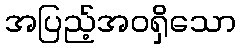
အပြည့်အဝရှိသော